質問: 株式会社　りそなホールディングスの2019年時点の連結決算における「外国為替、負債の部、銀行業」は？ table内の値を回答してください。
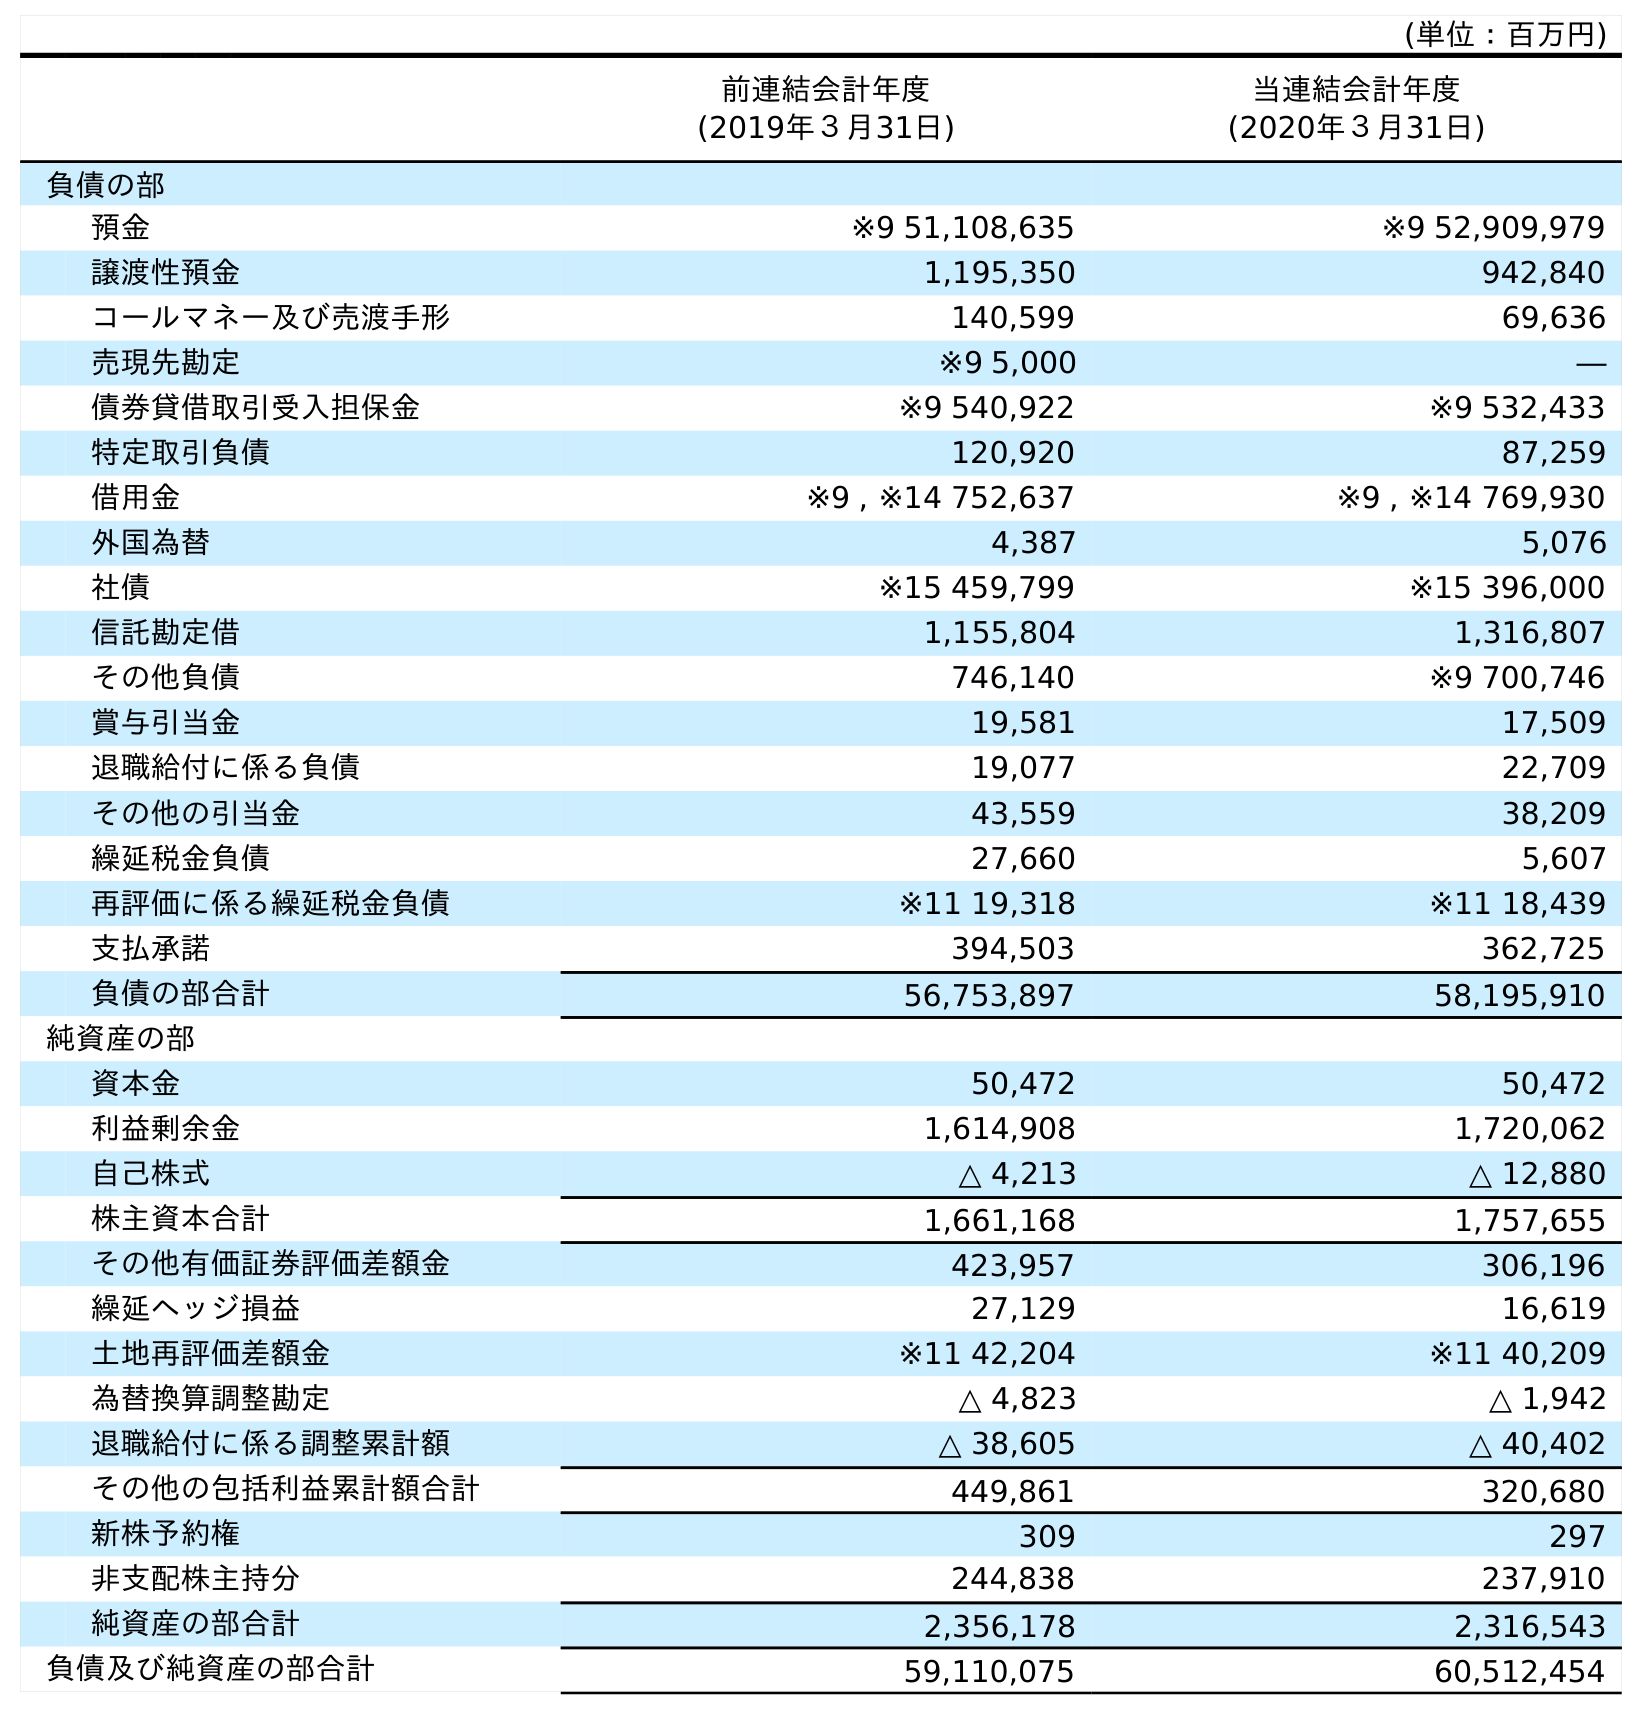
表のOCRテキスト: (単位：百万円) 前連結会計年度 (2019年３月31日) 当連結会計年度 (2020年３月31日) 負債の部 預金 ※9 51,108,635 ※9 52,909,979 譲渡性預金 1,195,350 942,840 コールマネー及び売渡手形 140,599 69,636 売現先勘定 ※9 5,000 ― 債券貸借取引受入担保金 ※9 540,922 ※9 532,433 特定取引負債 120,920 87,259 借用金 ※9 , ※14 752,637 ※9 , ※14 769,930 外国為替 4,387 5,076 社債 ※15 459,799 ※15 396,000 信託勘定借 1,155,804 1,316,807 その他負債 746,140 ※9 700,746 賞与引当金 19,581 17,509 退職給付に係る負債 19,077 22,709 その他の引当金 43,559 38,209 繰延税金負債 27,660 5,607 再評価に係る繰延税金負債 ※11 19,318 ※11 18,439 支払承諾 394,503 362,725 負債の部合計 56,753,897 58,195,910 純資産の部 資本金 50,472 50,472 利益剰余金 1,614,908 1,720,062 自己株式 △ 4,213 △ 12,880 株主資本合計 1,661,168 1,757,655 その他有価証券評価差額金 423,957 306,196 繰延ヘッジ損益 27,129 16,619 土地再評価差額金 ※11 42,204 ※11 40,209 為替換算調整勘定 △ 4,823 △ 1,942 退職給付に係る調整累計額 △ 38,605 △ 40,402 その他の包括利益累計額合計 449,861 320,680 新株予約権 309 297 非支配株主持分 244,838 237,910 純資産の部合計 2,356,178 2,316,543 負債及び純資産の部合計 59,110,075 60,512,454
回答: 4,387